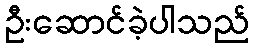
ဦးဆောင်ခဲ့ပါသည်